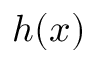
h ( x )